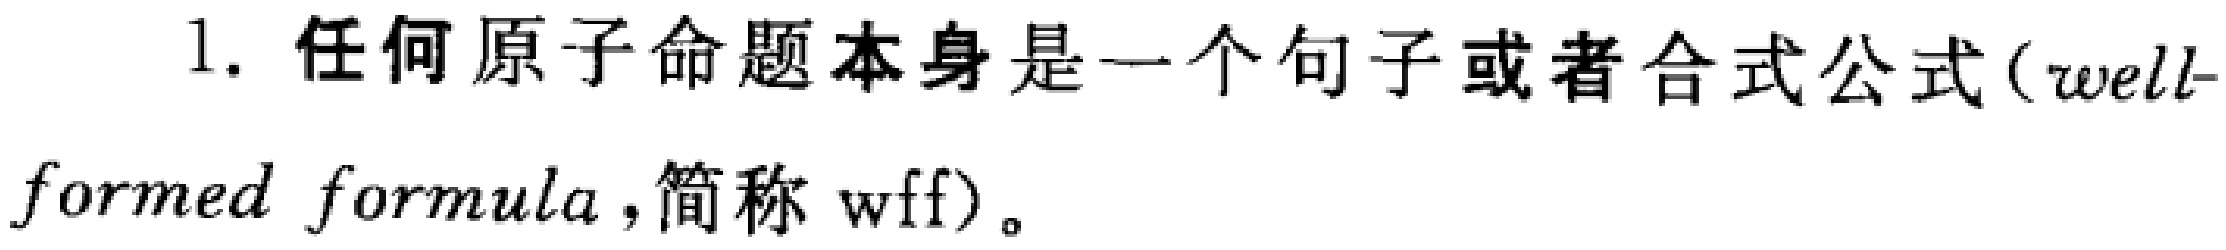
1. 任何原子命题本身是一个句子或者合式公式（well-formed formula，简称 wff）。